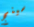
سينج